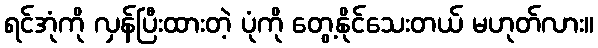
ရင်အုံကို လှန်ပြီးထားတဲ့ ပုံကို တွေ့နိုင်သေးတယ် မဟုတ်လား။